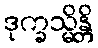
ဒုက္ခသ္မိန္တိ